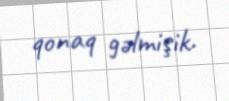
qonaq gəlmişik.